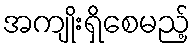
အကျိုးရှိစေမည့်